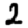
Digit: 2